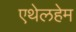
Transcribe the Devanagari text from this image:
एथेलहेम